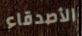
الأصدقاء